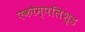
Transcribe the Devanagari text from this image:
एकौम्पलिश्ड